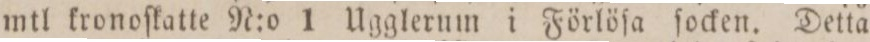
mtl kronoſkatte N:o 1 Ugglerum i Förlöſa ſocken. Detta